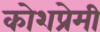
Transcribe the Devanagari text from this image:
कोशप्रेमी